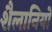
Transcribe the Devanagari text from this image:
शैलानियों